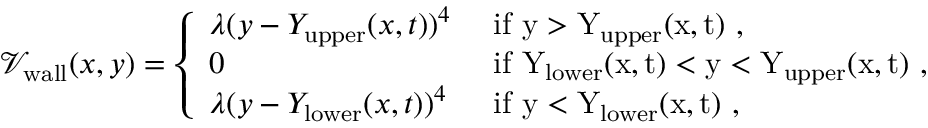
\begin{array} { r } { \mathcal { V } _ { \mathrm { w a l l } } ( x , y ) = \left\{ \begin{array} { l l } { \lambda ( y - Y _ { \mathrm { u p p e r } } ( x , t ) ) ^ { 4 } } & { \mathrm { ~ i f ~ y > Y _ \mathrm { u p p e r } ( x , t ) ~ , } } \\ { 0 } & { \mathrm { ~ i f ~ Y _ \mathrm { l o w e r } ( x , t ) < y < Y _ \mathrm { u p p e r } ( x , t ) ~ , } } \\ { \lambda ( y - Y _ { \mathrm { l o w e r } } ( x , t ) ) ^ { 4 } } & { \mathrm { ~ i f ~ y < Y _ \mathrm { l o w e r } ( x , t ) ~ } , } \end{array} \right. } \end{array}